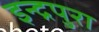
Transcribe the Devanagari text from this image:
इन्द्रपुरा